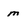
Character: m